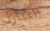
التنازل